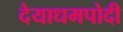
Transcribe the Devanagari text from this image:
देयाधमपोदी